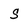
Character: s